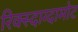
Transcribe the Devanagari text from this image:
रिक्स्दाग्दामोट